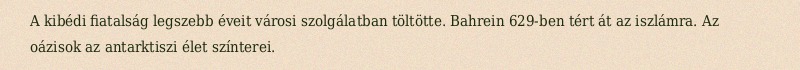
A kibédi fiatalság legszebb éveit városi szolgálatban töltötte. Bahrein 629-ben tért át az iszlámra. Az oázisok az antarktiszi élet színterei.